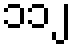
၁၁၂